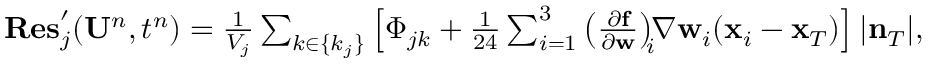
\begin{array} { r } { { \bf R e s } _ { j } ^ { \prime } ( { \bf U } ^ { n } , t ^ { n } ) = \frac { 1 } { V _ { j } } \sum _ { k \in \{ k _ { j } \} } \left[ \Phi _ { j k } + \frac { 1 } { 2 4 } \sum _ { i = 1 } ^ { 3 } \left( \frac { \partial { \bf f } } { \partial { \bf w } } \right) _ { \! \! i } \! \! \nabla { \bf w } _ { i } ( { \bf x } _ { i } - { \bf x } _ { T } ) \right] | { \bf n } _ { T } | , } \end{array}